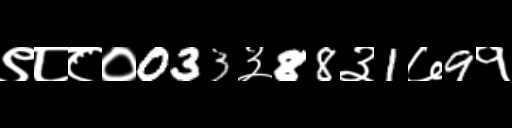
Text: ९८८०033३88३1७9१